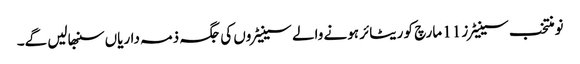
نومنتخب سینیٹرز 11 مارچ کو ریٹائر ہونے والے سینیٹروں کی جگہ ذمہ داریاں سنبھالیں گے۔